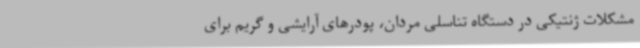
مشکلات ژنتیکی در دستگاه تناسلی مردان، پودرهای آرایشی و گریم برای